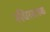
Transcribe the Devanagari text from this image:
रुधिरवाहक